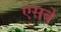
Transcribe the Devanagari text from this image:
एसबे